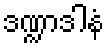
ဒဏ္ဍာဒါနံ